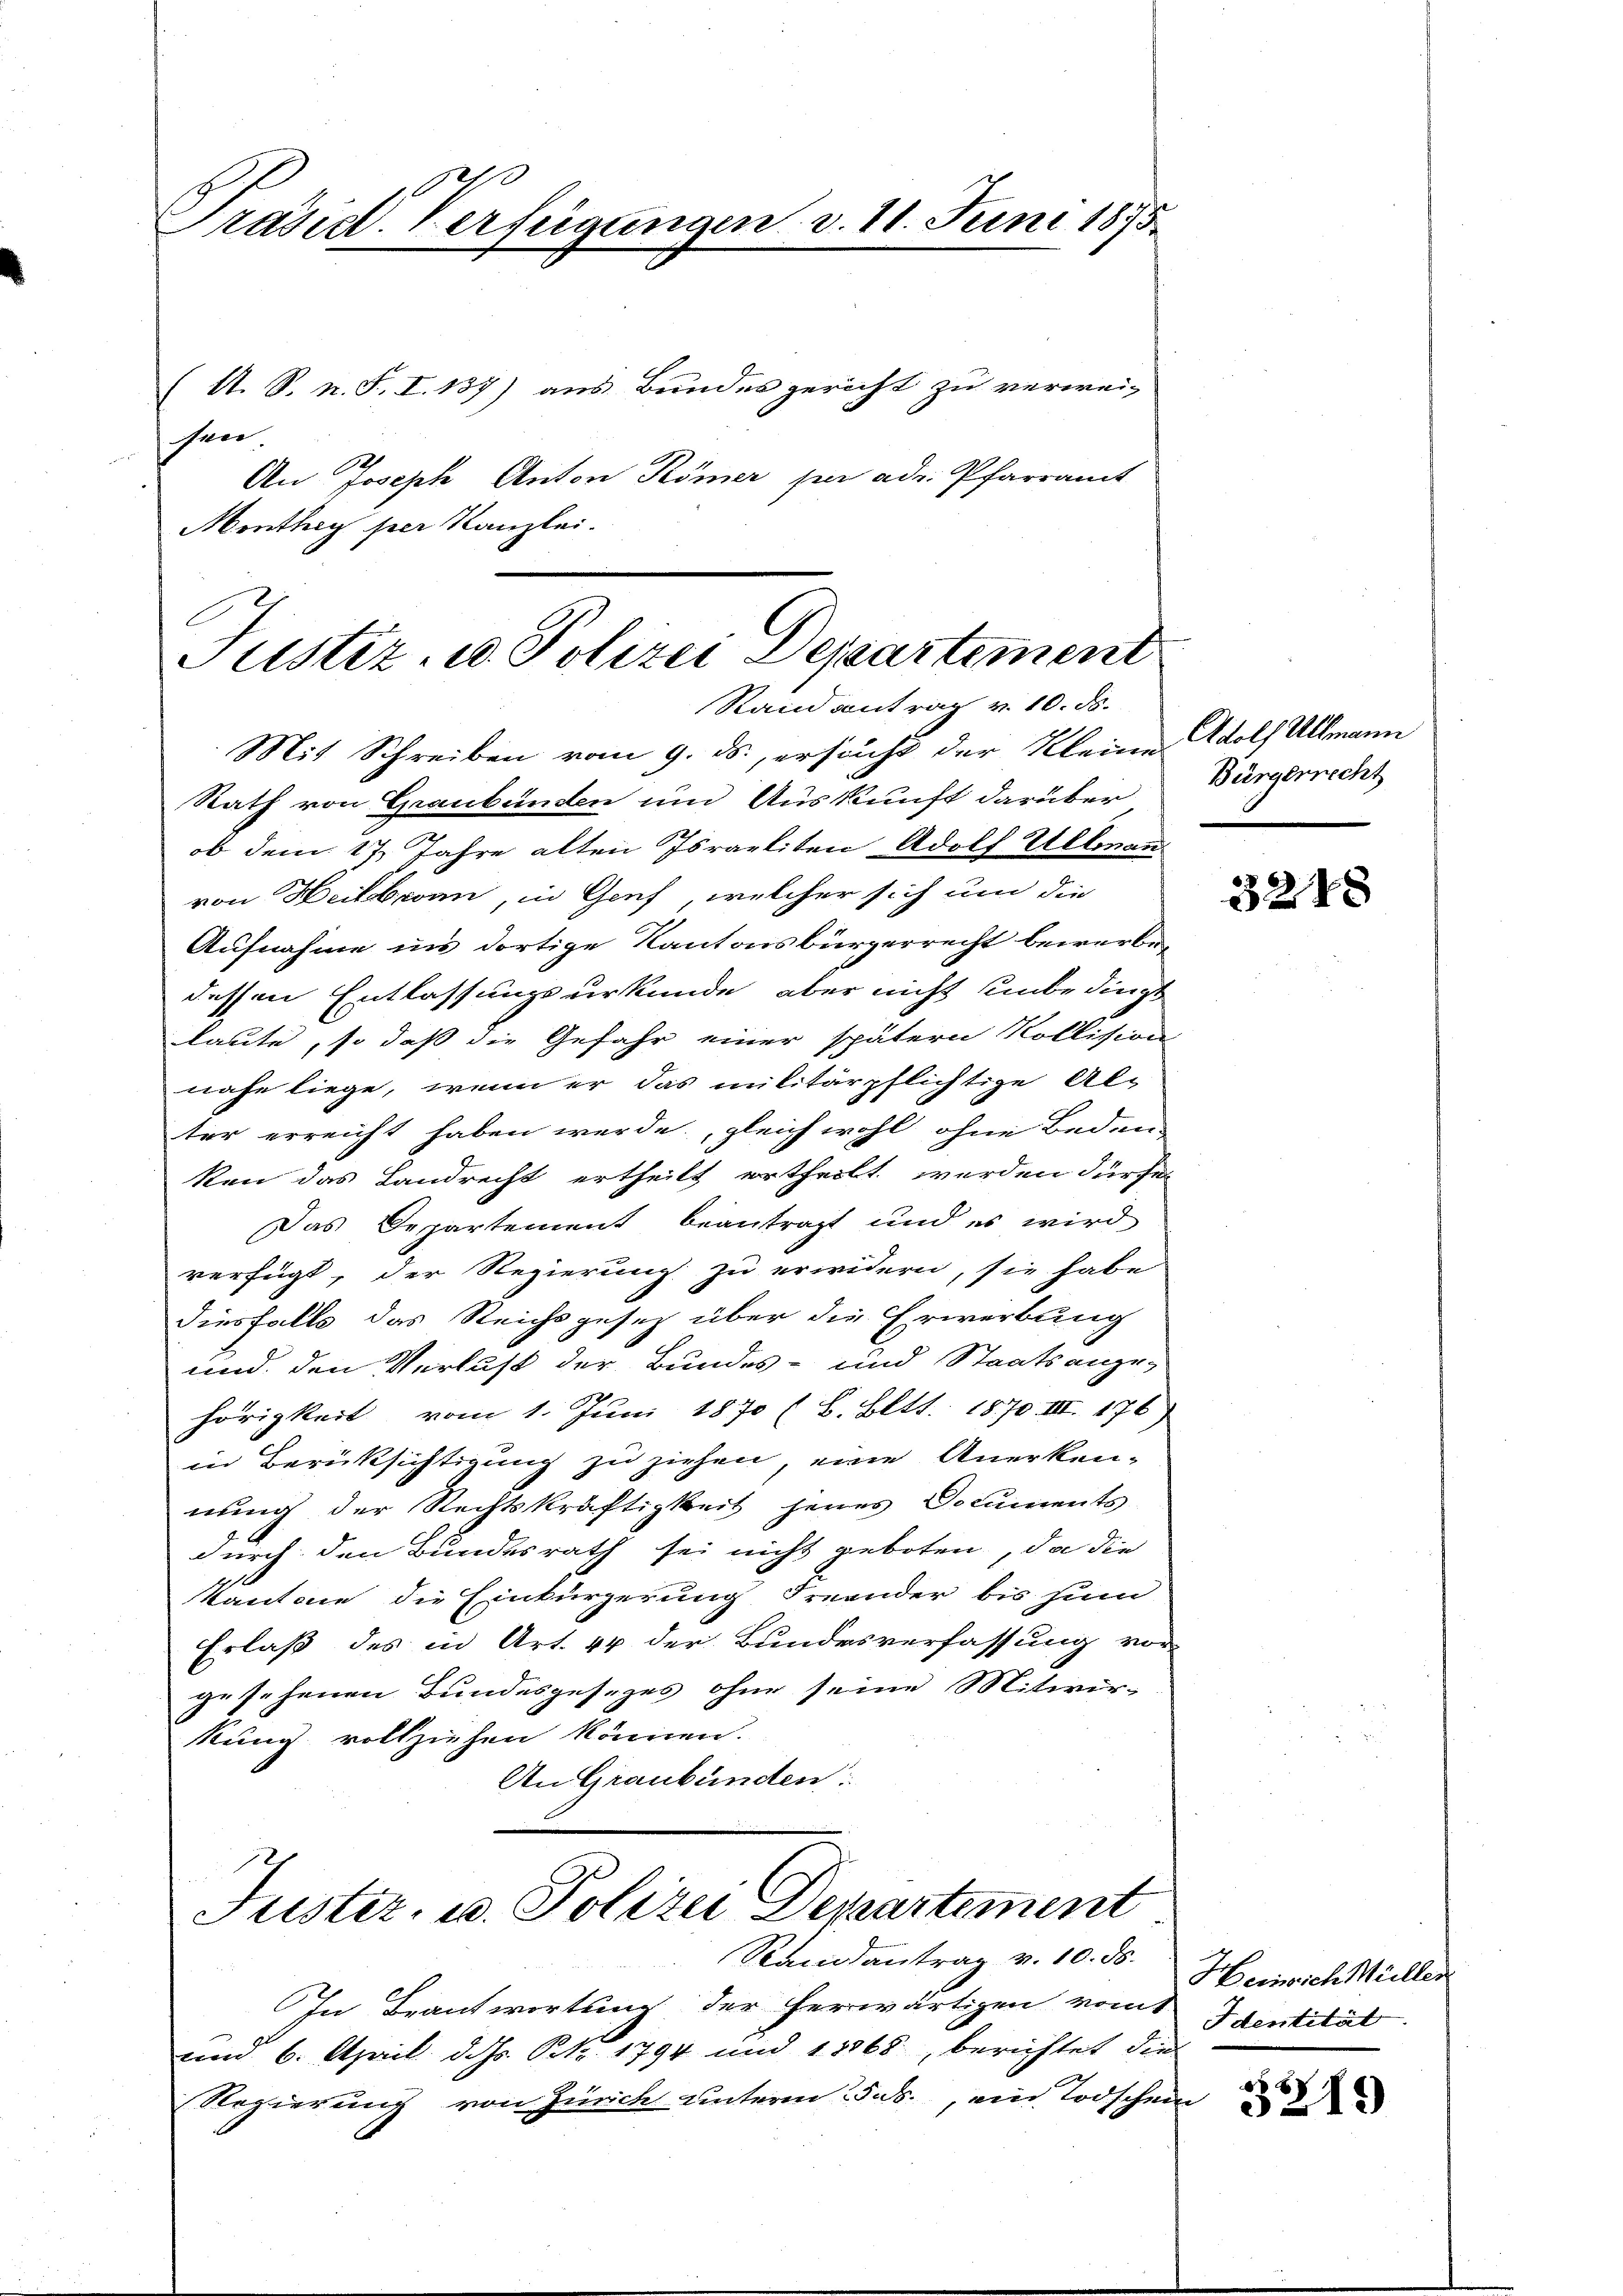
Präsid. Verfügungen v. 11. Juni 1875

fen.
Menthey per Kanzlei.

(A. S. n. F. I. 137) aus Bundesgericht zu verwei-
An Joseph Anton Römer per ad. Pfarramt

Justiz- u. Polizei Departement
Stand antrag v. 10. ds.

Mit Schreiben vom 9. ds., ersucht der Kleine Adolf Allmann
Rath von Graubünden und Auskunft darüber
ob dem 17. Jahre alten Israeliten Adolf Ullman
von Heilbronn, in Genf, welcher sich um die
Aufnahme im dortige Kantonsbürgerrecht bewerbedessen Entlassungsurkunde, aber nicht unbedingt
laute, so daß die Gefahr einer spätern Kollision
nahe liege, wenn er das militärpflichtige Al-
ter erreicht haben werde, gleich wohl ohne Beden-
ken das Landrecht ertheilt ertheilt werden dürfe
Das Departement beantragt und es wird
verfügt, der Regierung zu erwidern, sie habe
diesfalls das Reichsgesetz über die Erwerbung
und den Verlust der Bundes- und Staatsange-
hörigkeit vom 1. Juni 1870 (L. Bett. 1870 III. 176)
in Berüksichtigung zu ziehen, eine Anerken-
nung der Rechtskräftigkeit jenes Documents
durch den Bundesrath sei nicht geboten, da die
Kantone die Einkürzerung Freunder bis zum
Erlaß des in Art. 44 der Bundesverfassung vor-
gesehenen Bundesgesezes ohne seine Mitwir-
kung vollziehen können.
An Graubünden:

Juster, u. Polizei Departement
Randantrag v. 10. ds.

In Beantwortung der herwärtigen vom Identität
und 6. April d. dh. PR. 1794 und 18868, berichtet die
Regierung von Zürich unterm 25. ds., ein Todschein

Bürgerrecht

324 x

Heinrich Müller

x
5219